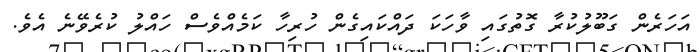
އަހަރެން ގަބޫލުކުރާ ގޮތުގައި ވާހަކަ ދައްކައިގެން ހުރިހާ ކަމެއްވެސް ހައްލު ކުރެވޭނެ އެވެ.